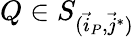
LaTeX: Q\in S_{(\vec{i}_{P},\vec{j}^{*})}